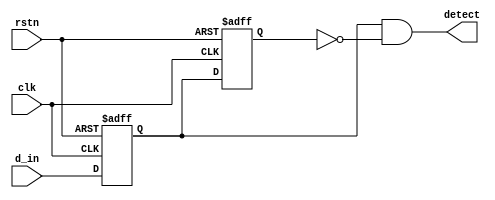
module detect_r(
input clk, 
input rstn,
input d_in,
output detect
);
reg ff_0, ff_1;

always @(posedge clk or negedge rstn)
begin
 if(~rstn)
  begin
   ff_0 <= 0;
   ff_1 <= 0;
  end
 else
  begin
   ff_0 <= d_in;
   ff_1 <= ff_0;
  end
end

assign detect = ff_0 & ~ff_1;

endmodule